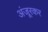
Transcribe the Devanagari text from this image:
अंजूरकर